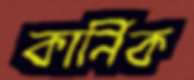
কার্নিক